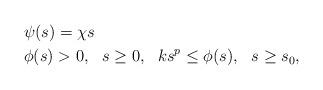
LaTeX: \begin{align*} & \psi(s)=\chi s\\ & \phi(s)>0, ~~s\ge0,~~k s^p\le \phi(s),~~ s\ge s_0,\end{align*}